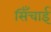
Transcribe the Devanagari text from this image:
सिँचाई